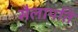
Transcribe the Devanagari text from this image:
सैलापति